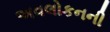
અવલોકનની